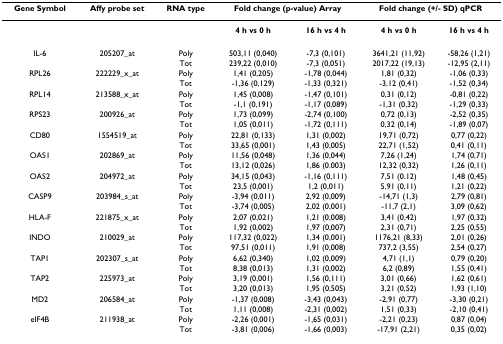
<table><thead><tr><td><b>Gene Symbol</b></td><td><b>Affy probe set</b></td><td><b>RNA type</b></td><td colspan="2"><b>Fold change (p-value) Array</b></td><td colspan="2"><b>Fold change (+/- SD) qPCR</b></td></tr></thead><tbody><tr><td></td><td></td><td></td><td><b>4 h vs 0 h</b></td><td><b>16 h vs 4 h</b></td><td><b>4 h vs 0 h</b></td><td><b>16 h vs 4 h</b></td></tr><tr><td>IL-6</td><td>205207_at</td><td>Poly</td><td>503,11 (0,040)</td><td>-7,3 (0,101)</td><td>3641,21 (11,92)</td><td>-58,26 (1,21)</td></tr><tr><td></td><td></td><td>Tot</td><td>239,22 (0,010)</td><td>-7,3 (0,051)</td><td>2017,22 (19,13)</td><td>-12,95 (2,11)</td></tr><tr><td>RPL26</td><td>222229_x_at</td><td>Poly</td><td>1,41 (0,205)</td><td>-1,78 (0,044)</td><td>1,81 (0,32)</td><td>-1,06 (0,33)</td></tr><tr><td></td><td></td><td>Tot</td><td>-1,36 (0,129)</td><td>-1,33 (0,321)</td><td>-3,12 (0,41)</td><td>-1,52 (0,34)</td></tr><tr><td>RPL14</td><td>213588_x_at</td><td>Poly</td><td>1,45 (0,008)</td><td>-1,47 (0,101)</td><td>0,31 (0,12)</td><td>-0,81 (0,22)</td></tr><tr><td></td><td></td><td>Tot</td><td>-1,1 (0,191)</td><td>-1,17 (0,089)</td><td>-1,31 (0,32)</td><td>-1,29 (0,33)</td></tr><tr><td>RPS23</td><td>200926_at</td><td>Poly</td><td>1,73 (0,099)</td><td>-2,74 (0,100)</td><td>0,72 (0,13)</td><td>-2,52 (0,35)</td></tr><tr><td></td><td></td><td>Tot</td><td>1,05 (0,011)</td><td>-1,72 (0,111)</td><td>0,32 (0,14)</td><td>-1,89 (0,07)</td></tr><tr><td>CD80</td><td>1554519_at</td><td>Poly</td><td>22,81 (0,133)</td><td>1,31 (0,002)</td><td>19,71 (0,72)</td><td>0,77 (0,22)</td></tr><tr><td></td><td></td><td>Tot</td><td>33,65 (0,001)</td><td>1,43 (0,005)</td><td>22,71 (1,52)</td><td>0,41 (0,11)</td></tr><tr><td>OAS1</td><td>202869_at</td><td>Poly</td><td>11,56 (0,048)</td><td>1,36 (0,044)</td><td>7,26 (1,24)</td><td>1,74 (0,71)</td></tr><tr><td></td><td></td><td>Tot</td><td>13,12 (0,026)</td><td>1,86 (0.003)</td><td>12,32 (0,32)</td><td>1,26 (0,11)</td></tr><tr><td>OAS2</td><td>204972_at</td><td>Poly</td><td>34,15 (0,043)</td><td>-1,16 (0,111)</td><td>7,51 (0.12)</td><td>1,48 (0,45)</td></tr><tr><td></td><td></td><td>Tot</td><td>23,5 (0,001)</td><td>1,2 (0,011)</td><td>5,91 (0,11)</td><td>1,21 (0,22)</td></tr><tr><td>CASP9</td><td>203984_s_at</td><td>Poly</td><td>-3,94 (0,011)</td><td>2,92 (0,009)</td><td>-14,71 (1,3)</td><td>2,79 (0,81)</td></tr><tr><td></td><td></td><td>Tot</td><td>-3,74 (0,005)</td><td>2,02 (0,001)</td><td>-11,7 (2,1)</td><td>3,09 (0,62)</td></tr><tr><td>HLA-F</td><td>221875_x_at</td><td>Poly</td><td>2,07 (0,021)</td><td>1,21 (0,008)</td><td>3,41 (0,42)</td><td>1,97 (0,32)</td></tr><tr><td></td><td></td><td>Tot</td><td>1,92 (0,002)</td><td>1,97 (0,007)</td><td>2,31 (0,71)</td><td>2,25 (0,55)</td></tr><tr><td>INDO</td><td>210029_at</td><td>Poly</td><td>117,32 (0,022)</td><td>1,34 (0,001)</td><td>1176,21 (8,33)</td><td>2,01 (0,26)</td></tr><tr><td></td><td></td><td>Tot</td><td>97,51 (0,011)</td><td>1,91 (0,008)</td><td>737,2 (3,55)</td><td>2,54 (0,27)</td></tr><tr><td>TAP1</td><td>202307_s_at</td><td>Poly</td><td>6,62 (0,340)</td><td>1,02 (0,009)</td><td>4,71 (1,1)</td><td>0,79 (0,20)</td></tr><tr><td></td><td></td><td>Tot</td><td>8,38 (0,013)</td><td>1,31 (0,002)</td><td>6,2 (0,89)</td><td>1,55 (0,41)</td></tr><tr><td>TAP2</td><td>225973_at</td><td>Poly</td><td>3,19 (0,001)</td><td>1,56 (0,111)</td><td>3,01 (0,66)</td><td>1,62 (0,61)</td></tr><tr><td></td><td></td><td>Tot</td><td>3,20 (0,013)</td><td>1,95 (0,505)</td><td>3,21 (0,52)</td><td>1,93 (1,10)</td></tr><tr><td>MD2</td><td>206584_at</td><td>Poly</td><td>-1,37 (0,008)</td><td>-3,43 (0,043)</td><td>-2,91 (0,77)</td><td>-3,30 (0,21)</td></tr><tr><td></td><td></td><td>Tot</td><td>1,11 (0,008)</td><td>-2,31 (0,002)</td><td>1,51 (0,33)</td><td>-2,10 (0,41)</td></tr><tr><td>eIF4B</td><td>211938_at</td><td>Poly</td><td>-2,26 (0,001)</td><td>-1,65 (0,031)</td><td>-2,21 (0,23)</td><td>0,87 (0,04)</td></tr><tr><td></td><td></td><td>Tot</td><td>-3,81 (0,006)</td><td>-1,66 (0,003)</td><td>-17,91 (2,21)</td><td>0,35 (0,02)</td></tr></tbody></table>